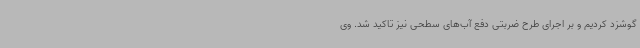
گوشزد کردیم و بر اجرای طرح ضربتی دفع آب‌های سطحی نیز تاکید شد. وی